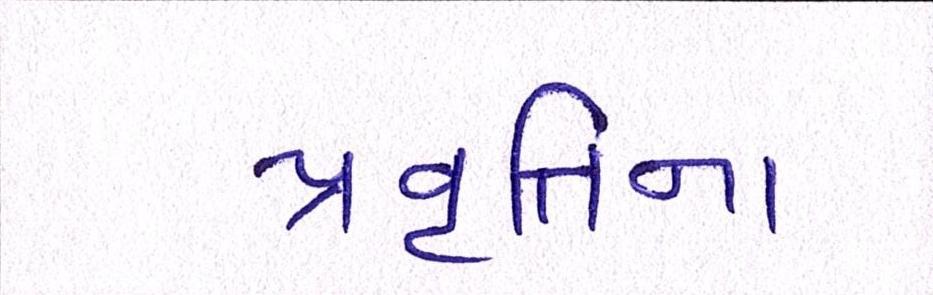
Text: પ્રવૃત્તિના